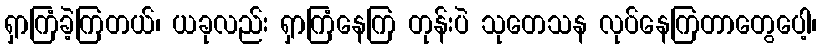
ရှာကြံခဲ့ကြတယ်၊ ယခုလည်း ရှာကြံနေကြ တုန်းပဲ သုတေသန လုပ်နေကြတာတွေပေါ့၊